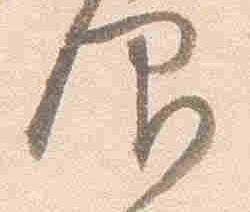
仰